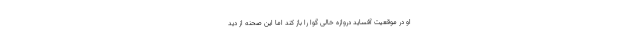
او در موقعیت آفساید دروازه خالی گوا را باز کند اما این صحنه از دید